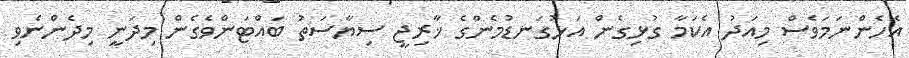
އެހެންނަމަވެސް މިއަދު އެކަމާ ގުޅިގެން އަޅުގަނޑުމެންގެ ޚާރިޖީ ސިޔާސަތު ބައްޓަންވެގެން މިދަނީ މިދެންނެވި